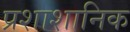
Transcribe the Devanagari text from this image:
प्रशाशानिक